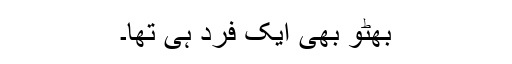
بھٹو بھی ایک فرد ہی تھا۔